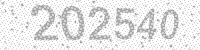
Solution: 202540